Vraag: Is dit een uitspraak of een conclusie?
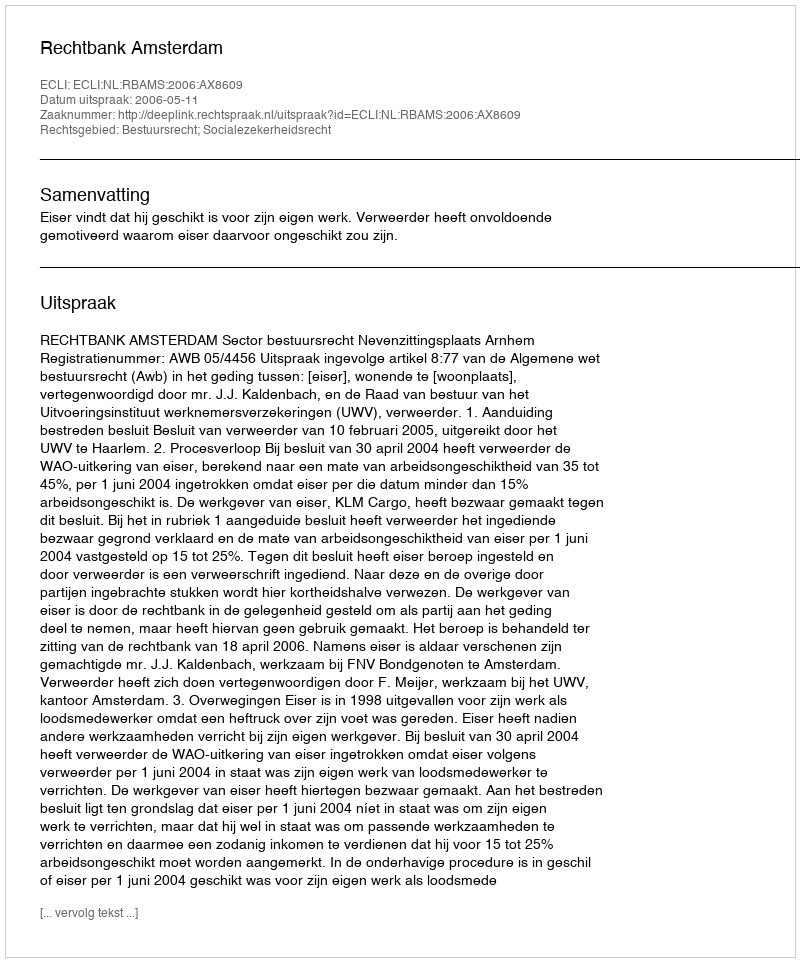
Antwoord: Uitspraak